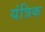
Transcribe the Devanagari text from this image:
यंत्रिक